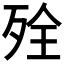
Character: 𰙾